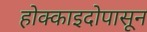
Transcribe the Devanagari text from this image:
होक्काइदोपासून